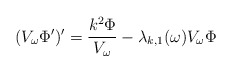
\begin{align*}(V_\omega \Phi')' = \frac{k^2 \Phi}{V_\omega} - \lambda_{k,1}(\omega) V_\omega \Phi\end{align*}